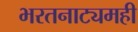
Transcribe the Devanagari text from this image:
भरतनाट्यमही